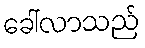
ခေါ်လာသည်